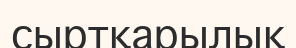
сыртқарылық